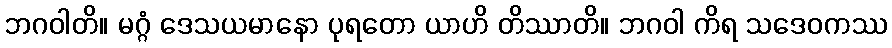
ဘဂဝါတိ။ မဂ္ဂံ ဒေသယမာနော ပုရတော ယာဟိ တိဿာတိ။ ဘဂဝါ ကိရ သဒေဝကဿ